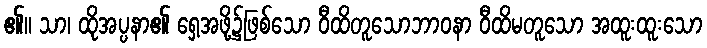
၏။ သာ၊ ထိုအပ္ပနာ၏ ရှေ့အဖို့၌ဖြစ်သော ဝီထိတူသောဘာဝနာ ဝီထိမတူသော အထူးထူးသော